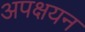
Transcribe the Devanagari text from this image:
अपक्षयन